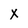
Character: X